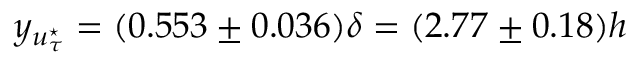
y _ { u _ { \tau } ^ { \star } } = ( 0 . 5 5 3 \pm 0 . 0 3 6 ) \delta = ( 2 . 7 7 \pm 0 . 1 8 ) h